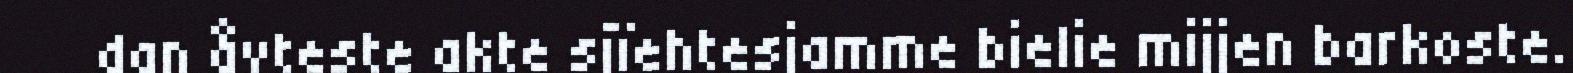
dan åvteste akte sjïehtesjamme bielie mijjen barkoste.